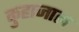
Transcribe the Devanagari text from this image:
कुहाजाल